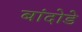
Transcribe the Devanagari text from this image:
बांदोडे